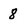
Character: 8